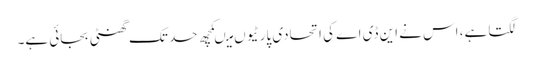
لگتا ہے، اس نے این ڈی اے کی اتحادی پارٹیوں میںکچھ حد تک گھنٹی بجائی ہے۔